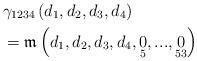
LaTeX: \begin{align*}& \gamma_{1234}\left( d_{1},d_{2},d_{3},d_{4}\right) \\& =\mathfrak{m}\left( d_{1},d_{2},d_{3},d_{4},\underset{5}{0},...,\underset{53}{0}\right)\end{align*}